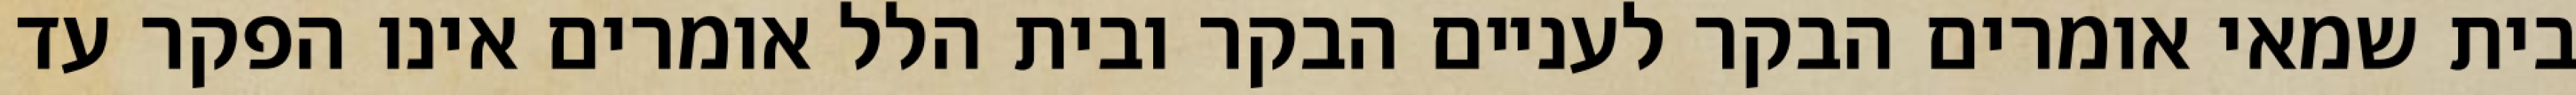
בית שמאי אומרים הבקר לעניים הבקר ובית הלל אומרים אינו הפקר עד